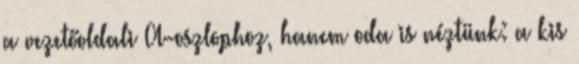
a vezetőoldali A-oszlophoz, hanem oda is néztünk: a kis